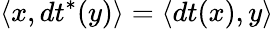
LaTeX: \langle x,dt^{*}(y)\rangle=\langle dt(x),y\rangle